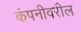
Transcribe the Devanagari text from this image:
कंपनीवरील